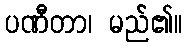
ပဏီတာ၊ မည်၏။